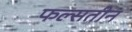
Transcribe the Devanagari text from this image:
फल्सतीन